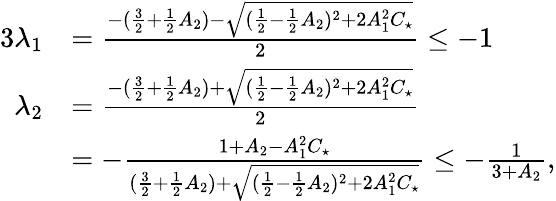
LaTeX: \begin{array}{rl}{{3}\lambda_{1}}&{=\frac{-(\frac{3}{2}+\frac{1}{2}A_{2})-\sqrt{(\frac{1}{2}-\frac{1}{2}A_{2})^{2}+2A_{1}^{2}C_{\star}}}{2}\leq-1}\\ {\lambda_{2}}&{=\frac{-(\frac{3}{2}+\frac{1}{2}A_{2})+\sqrt{(\frac{1}{2}-\frac{1}{2}A_{2})^{2}+2A_{1}^{2}C_{\star}}}{2}}\\ &{=-\frac{1+A_{2}-A_{1}^{2}C_{\star}}{(\frac{3}{2}+\frac{1}{2}A_{2})+\sqrt{(\frac{1}{2}-\frac{1}{2}A_{2})^{2}+2A_{1}^{2}C_{\star}}}\leq-\frac{1}{3+A_{2}},}\end{array}